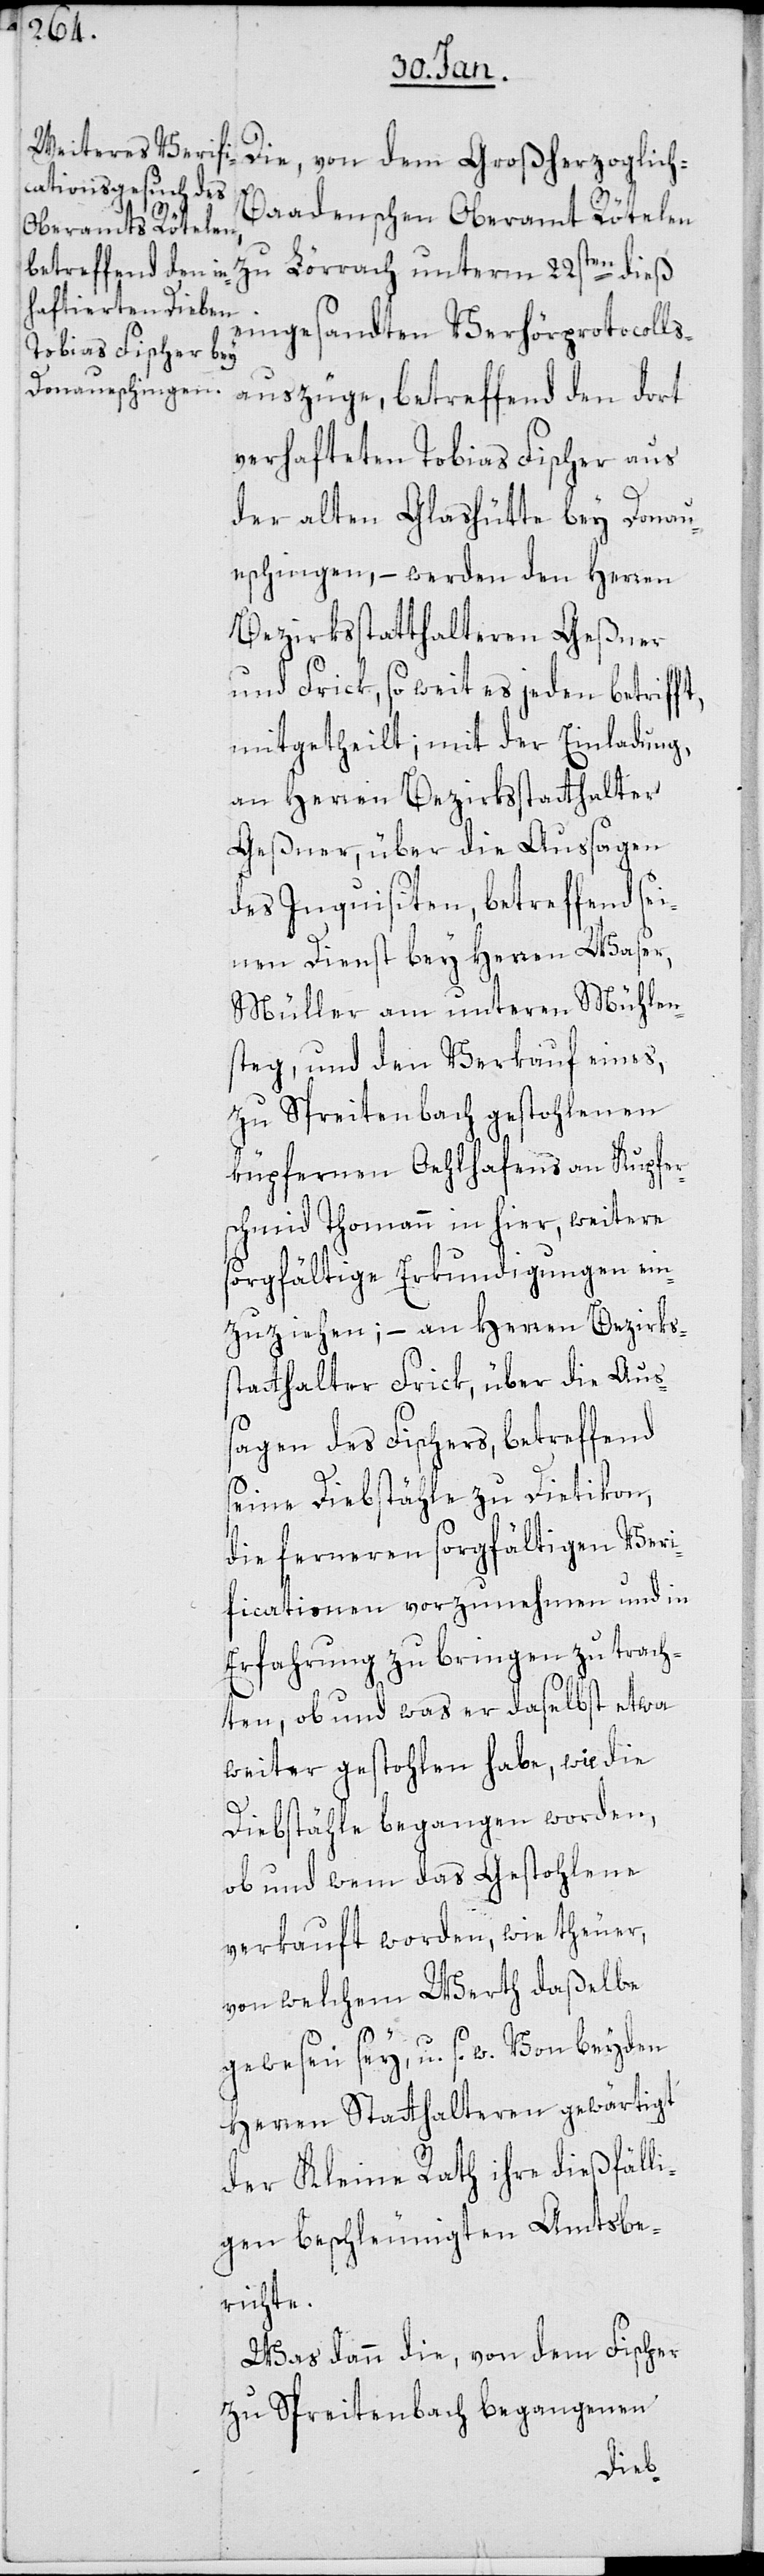
Die, von dem Großherzoglich-B¬
aadenschen Oberamt Rötelen
zu Lörrach unterm 22sten dieß
eingesandten Verhörprotocolls¬
auszüge, betreffend den dort
verhafteten Tobias Fischer aus
der alten Glashütte bey Donau¬
eschingen, – werden den Herren
Bezirksstatthalteren Geßner
und Frick, so weit es jeden betrifft,
mitgetheilt; mit der Einladung,
an Herren Bezirksstatthalter
Geßner, über die Aussagen
des Inquisiten, betreffend sei¬
nen Dienst bey Herren Waser,
Müller am unteren Mühlen¬
steg, und den Verkauf eines,
zu Spreitenbach gestohlenen
küpfernen Oehlhafens an Kupfer¬
schmid Thomann in hier, weitere
sorgfältige Erkundigungen ein¬
zuziehen; – an Herren Bezirks¬
statthalter Frick, über die Aus¬
sagen des Fischers, betreffend
seine Diebstähle zu Dietikon,
die ferneren sorgfältigen Veri¬
ficationen vorzunehmen und in
Erfahrung zu bringen zu trach¬
ten, ob und was er daselbst etwa
weiter gestohlen habe, wie die
Diebstähle begangen worden,
ob und wem das Gestohlene
verkauft worden, wie theuer,
von welchem Werth daßelbe
gewesen sey u. s. w. Von beyden
Herren Statthalteren gewärtigt
der Kleine Rath ihre dießfälli¬
gen beschleunigten Amtsbe¬
richte.
Was dann die, von dem Fischer
zu Spreitenbach begangenen